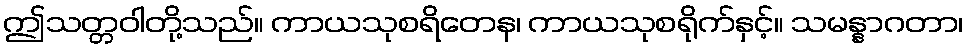
ဤသတ္တဝါတို့သည်။ ကာယသုစရိတေန၊ ကာယသုစရိုက်နှင့်။ သမန္နာဂတာ၊